Report of the Municipal Commissioner on the plague in Bombay for the year ending 31st May... - Volume 3
Disease focus: Plague
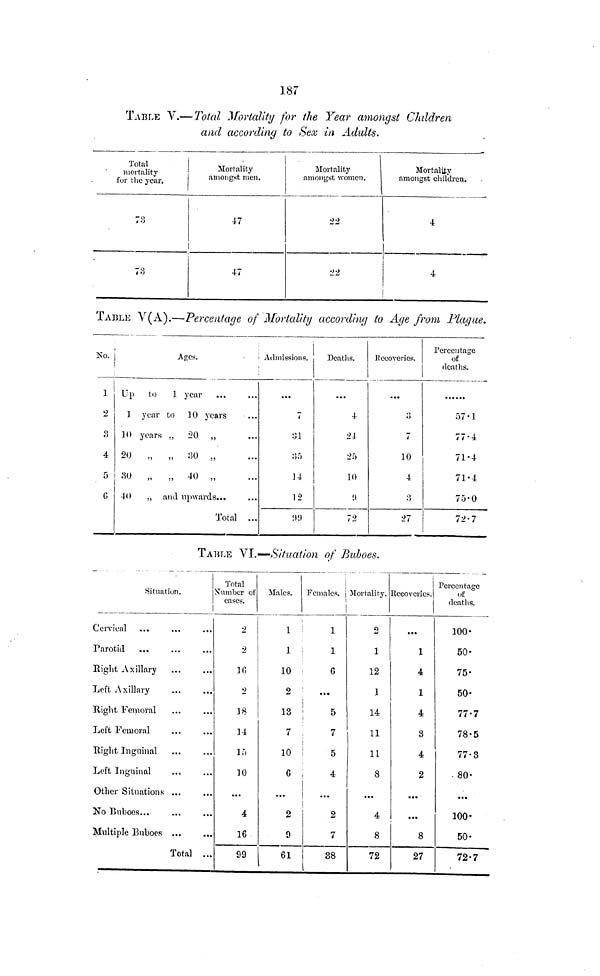
187
TABLE V.—Total Mortality for the Year amongst Children
and according to Sex in Adults.
Total
mortality
for the year.
73
Mortality
amongst men.
47
47
Mortality
amongst women.
'22
'22
Mortality
amongst children.
4
4
TABLE V(A).—Percentage of Mortality according to Age from Plague.
No.
]
2
o
•J
4
5
C
Ages.
Up
to
1 year
] year to 10 years
]() years ,, 20 „
20
.,
„ 30 „
80
„
„ 40 „
40
., and upwards...
Total ...
Admissions.
...
r-
i
31
14
12
Deaths.
...
4
24
25
10
i)
72
Recoveries.
...
7
10
4
3
27
Percentage
of
deaths.
57.1
77.4
71.4
71.4
75.0
72.7
TABLE VI.—Situation of Buboes.
Situation.
i
Cervical
Parotid
Right Axillary
Left Axillary
Right Femoral
Left Femoral
Right Inguinal
Left Inguinal
Other Situations ...
No Buboes...
Multiple Buboes ...
Total ...
Total
Number of
cases.
2
2
16
2
38
34
15
10
...
4
16
99
Males.
1
1
Females,
1
1
10
6
2
13
7
10
G
...
2
9
61
• • •
5
7
5
4
2
7
38
Mortality.
o
1
12
1
14
11
11
8
...
4
8
72
Recoveries.)
...
1
4
1
4
3
4
2
...
...
8
27
Percentage
of
deaths.
100
50
75
50
77.7
78.5
77.3
...
100.
50.
72.7